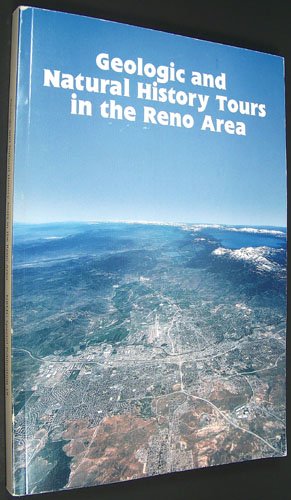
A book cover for Geologic and Natural History Tours in the Reno Area (Special Publication / Nevada Bureau of Mines and Geology); Becky Weimer Purkey; Travel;